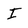
Character: I